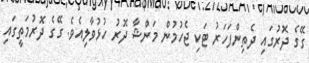
ގޭގެ ދޮރުގައި ދެތިންފަހަރު ޓަކި ޖެހުމުން މަންޝާ ދޮރު ހުޅުވާލިއެވެ. ގޭގެ ދޮރުމަތީގައި